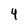
Character: 4